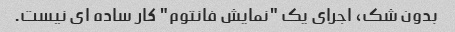
بدون شک، اجرای یک "نمایش فانتوم" کار ساده ای نیست.